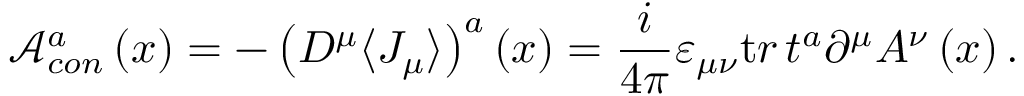
{ \mathcal A } _ { c o n } ^ { a } \left( x \right) = - \left( D ^ { \mu } \langle J _ { \mu } \rangle \right) ^ { a } \left( x \right) = \frac i { 4 \pi } \varepsilon _ { \mu \nu } { \mathrm t r } \, t ^ { a } \partial ^ { \mu } A ^ { \nu } \left( x \right) .